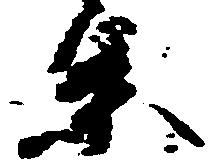
条